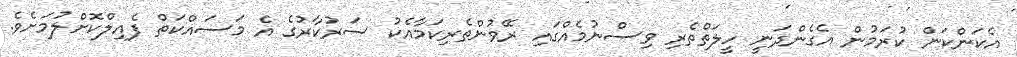
އެކަންކަން ކުރަމުން އެގެންދަނީ ހީލަތްތެރި ވިސްނުމެއްގައި ރޭވުންތެރިކަމާއެކު ސަރުކާރުގެ އެ މަސައްކަތް ފެއިލްކޮށްލުމަށެވެ.